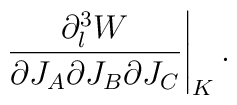
\left.{\partial_l^3 W\over \partial J_A\partial J_B \partial J_C}\right|_K.